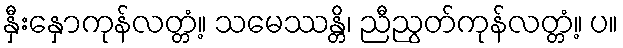
နှီးနှောကုန်လတ္တံ့။ သမေဿန္တိ၊ ညီညွတ်ကုန်လတ္တံ့။ ပ။